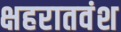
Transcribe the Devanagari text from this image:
क्षहरातवंश